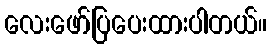
လေးဖော်ပြပေးထားပါတယ်။